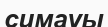
симауы